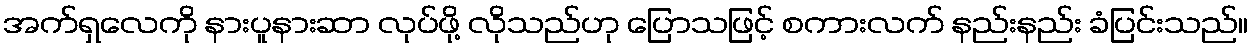
အက်ရှလေကို နားပူနားဆာ လုပ်ဖို့ လိုသည်ဟု ပြောသဖြင့် စကားလက် နည်းနည်း ခံပြင်းသည်။